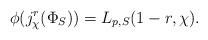
LaTeX: \begin{align*}\phi(j_{\chi}^{r}(\Phi_{S})) = L_{p,S}(1-r, \chi). \end{align*}